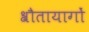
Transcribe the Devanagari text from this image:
श्रौतायागों